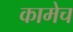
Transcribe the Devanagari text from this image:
कामेच